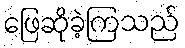
ဖြေဆိုခဲ့ကြသည်